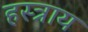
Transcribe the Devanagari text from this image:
हस्त्राय